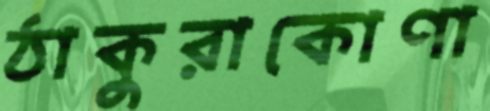
ঠাকুরাকোণা